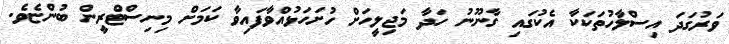
ވަރުގަދަ އިސްލާހުތަކަކާ އެކުގައި ގާނޫނު ހަދާ މަޖިލީހަށް ހުށަހަޅުއްވާފައިވާ ކަމަށް މިނިސްޓްރީން ބުންޏެވެ.